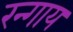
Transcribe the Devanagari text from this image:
रन्गाय